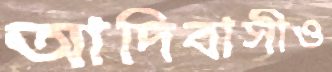
আদিবাসীও